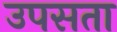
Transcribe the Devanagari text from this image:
उपसता